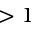
> 1